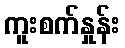
ကူးစက်နှုန်း